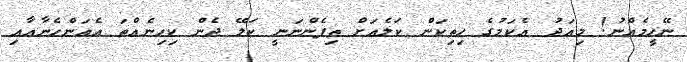
ނޭހީމެއްނު! މިއަދު އެކަމުގެ ހިތިކަން ކަލެއަށް ތިފެންނަނީ ކަލޭ ދެން ކިހިނެއްތަ އެއަންހެނާއާއި